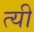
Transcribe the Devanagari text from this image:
त्यी